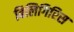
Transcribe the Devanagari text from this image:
बिलिगिरिस